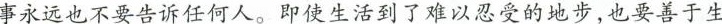
事永远也不要告诉任何人。即使生活到了难以忍受的地步，也要善于生